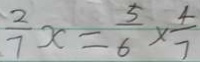
\frac { 2 } { 7 } x = \frac { 5 } { 6 } \times \frac { 4 } { 7 }